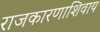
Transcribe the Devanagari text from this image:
राजकारणाशिवाय